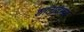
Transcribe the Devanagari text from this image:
शांताद्भाव